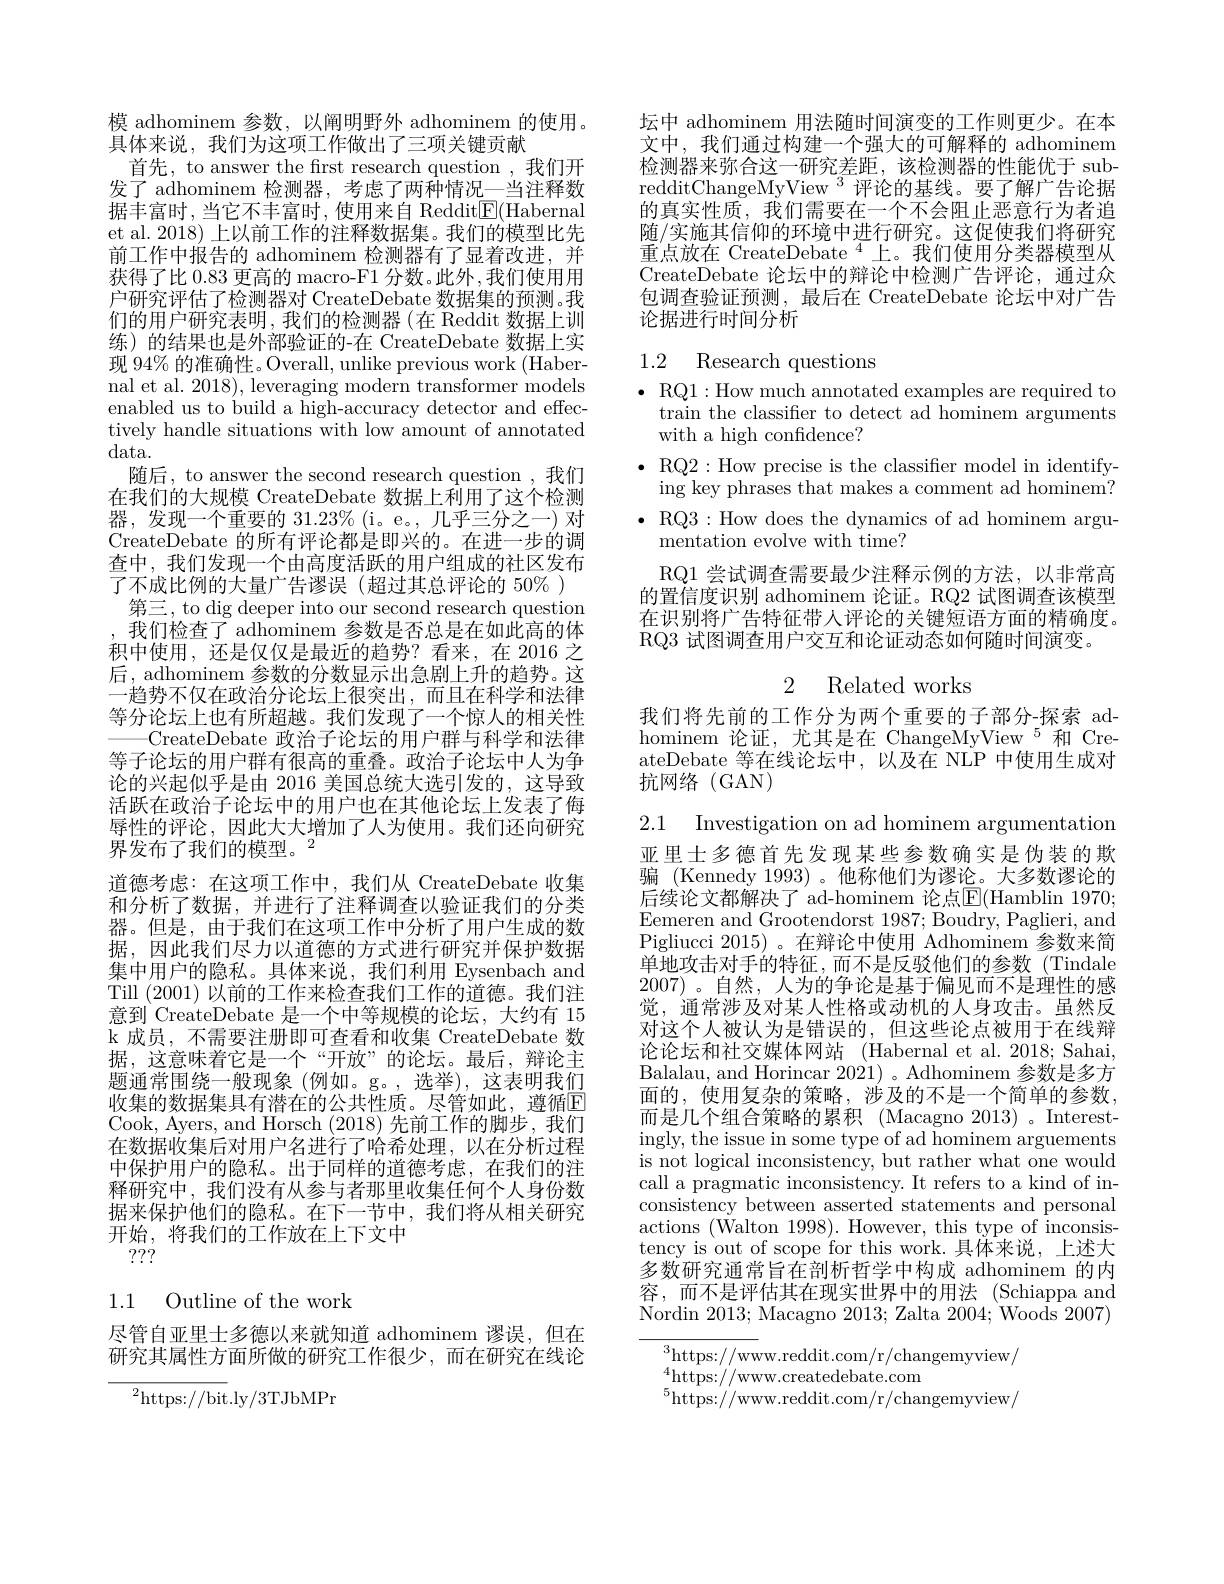
模 adhominem 参数，以阐明野外 adhominem 的使用。
具体来说，我们为这项工作做出了三项关键贡献
首先，to answer the first research question ,我们开发了 adhominem 检测器，考虑了两种情况一当注释数据丰富时，当它不丰富时，使用来自 Reddit$\underline{\mathrm{E}}($Habernal et al. 2018) 上以前工作的注释数据集。我们的模型比先前工作中报告的 adhominem 检测器有了显着改进，并获得了比 0.83 更高的 macro-F1 分数。此外，我们使用用户研究评估了检测器对 CreateDebate 数据集的预测。我们的用户研究表明，我们的检测器(在 Reddit 数据上训练) 的结果也是外部验证的-在 CreateDebate 数据上实现 94% 的准确性。Overall, unlike previous work (Habernal et al. 2018), leveraging modern transformer models enabled us to build a high-accuracy detector and effectively handle situations with low amount of annotated data.
随后，to answer the second research question ,我们在我们的大规模 CreateDebate 数据上利用了这个检测器，发现一个重要的$31. 23\%$ ( i。e。, 几 乎 三 分 之 一 ) 对 CreateDebate 的所有评论都是即兴的。在进一步的调查中，我们发现一个由高度活跃的用户组成的社区发布了不成比例的大量广告谬误(超过其总评论的 50% )
第三，to dig deeper into our second research question 我们检查了 adhominem 参数是否总是在如此高的体积中使用，还是仅仅是最近的趋势？看来，在 2016 之后，adhominem 参数的分数显示出急剧上升的趋势。这一趋势不仅在政治分论坛上很突出，而且在科学和法律等分论坛上也有所超越。我们发现了一个惊人的相关性 CreateDebate 政治子论坛的用户群与科学和法律等子论坛的用户群有很高的重叠。政治子论坛中人为争论的兴起似乎是由 2016 美国总统大选引发的，这导致活跃在政治子论坛中的用户也在其他论坛上发表了侮辱性的评论，因此大大增加了人为使用。我们还向研究界发布了我们的模型。$^2$
道德考虑：在这项工作中，我们从 CreateDebate 收集和分析了数据，并进行了注释调查以验证我们的分类器。但是，由于我们在这项工作中分析了用户生成的数据，因此我们尽力以道德的方式进行研究并保护数据集中用户的隐私。具体来说，我们利用 Eysenbach and Till (2001)以前的工作来检查我们工作的道德。我们注意到 CreateDebate 是一个中等规模的论坛，大约有 15 k 成员，不需要注册即可查看和收集 CreateDebate 数据，这意味着它是一个“开放”的论坛。最后，辩论主题通常围绕一般现象(例如。g。,选举),这表明我们收集的数据集具有潜在的公共性质。尽管如此，遵循$\overline{\mathrm{E}}$ Cook, Ayers, and Horsch (2018)先前工作的脚步，我们在数据收集后对用户名进行了哈希处理，以在分析过程中保护用户的隐私。出于同样的道德考虑，在我们的注释研究中，我们没有从参与者那里收集任何个人身份数据来保护他们的隐私。在下一节中，我们将从相关研究开始，将我们的工作放在上下文中
???

1.1 Outline of the work

尽管自亚里士多德以来就知道 adhominem 谬误，但在研究其属性方面所做的研究工作很少，而在研究在线论

${^{2}\mathrm{https://bit.ly/3TJbMPr}}$

坛中 adhominem 用法随时间演变的工作则更少。在本文中，我们通过构建一个强大的可解释的 adhominem 检测器来弥合这一研究差距，该检测器的性能优于 subredditChangeMyView $^{3}$评论的基线。要了解广告论据的真实性质，我们需要在一个不会阻止恶意行为者追随/实施其信仰的环境中进行研究。这促使我们将研究重点放在 CreateDebate $^{4}$上。我们使用分类器模型从CreateDebate 论坛中的辩论中检测广告评论，通过众包调查验证预测，最后在 CreateDebate 论坛中对广告论据进行时间分析

## 1.2 Research questions

$\bullet$ RQ1: How much annotated examples are required to
train the classiffer to detect ad hominem arguments
with a high confidence?
$\bullet$ RQ2:How precise is the classifier model in identify-
ing key phrases that makes a comment ad hominem? $\bullet$ RQ3: How does the dynamics of ad hominem argu-
$\dot{\text{mentation evolve with time?}}$
RQ1 尝试调查需要最少注释示例的方法，以非常高的置信度识别 adhominem 论证。RQ2 试图调查该模型在识别将广告特征带人评论的关键短语方面的精确度。RQ3 试图调查用户交互和论证动态如何随时间演变。

# 2 Related works

我们将先前的工作分为两个重要的子部分-探索 adhominem 论证，尤其是在 ChangeMyView$^{5}$和 CreateDebate 等在线论坛中，以及在 NLP 中使用生成对抗网络 (GAN)

2.1 Investigation on ad hominem argumentation 亚里士多德首先发现某些参数确实是伪装的欺骗 (Kennedy 1993)。他称他们为谬论。大多数谬论的后续论文都解决了'ad-hominem 论点$\mathbb{E}($Hamblin 1970; Eemeren and Grootendorst 1987; Boudry, Paglieri, and Pigliucci 2015) 。在辩论中使用 Adhominem 参数来简单地攻击对手的特征，而不是反驳他们的参数(Tindale 2007)。自然，人为的争论是基于偏见而不是理性的感觉，通常涉及对某人性格或动机的人身攻击。虽然反对这个人被认为是错误的，但这些论点被用于在线辩论论坛和社交媒体网站 (Habernal et al. 2018; Sahai, Balalau, and Horincar 2021) 。Adhominem 参数是多方面的，使用复杂的策略，涉及的不是一个简单的参数而是几个组合策略的累积(Macagno 2013)。Interestingly, the issue in some type of ad hominem arguements is not logical inconsistency, but rather what one would call a pragmatic inconsistency. It refers to a kind of inconsistency between asserted statements and personal actions (Walton 1998). However, this type of inconsistency is out of scope for this work. 具体来说，上述大多数研究通常旨在剖析哲学中构成 adhominem 的内容，而不是评估其在现实世界中的用法(Schiappa and Nordin 2013; Macagno 2013; Zalta 2004; Woods 2007)

$^3$https://www.reddit.com/r/changemyview/
$^{4}$https://www.createdebate.com
$^5$https://www.reddit.com/r/changemyview/